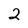
Character: 2